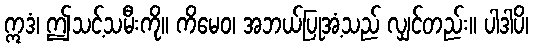
ဣဒံ၊ ဤသင့်သမီးကို။ ကိမေဝ၊ အဘယ်ပြုအံ့သည် လျှင်တည်း။ ပါဒါပိ၊